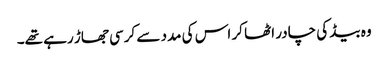
وہ بیڈ کی چادر اٹھا کر اس کی مدد سے کرسی جھاڑ رہے تھے۔